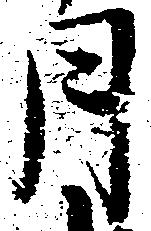
月